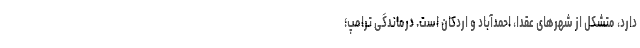
دارد، متشکل از شهرهای عقدا، احمدآباد و اردکان است. درماندگی ترامپ؛